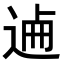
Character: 𨓘